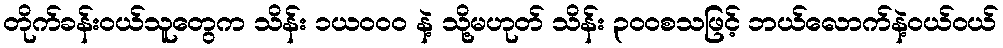
တိုက်ခန်းဝယ်သူတွေက သိန်း ၁ယဝဝဝ နဲ့ သို့မဟုတ် သိန်း ၃ဝဝစသဖြင့် ဘယ်လောက်နဲ့ဝယ်ဝယ်